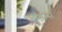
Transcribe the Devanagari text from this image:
अव्ह्रास